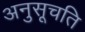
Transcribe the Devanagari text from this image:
अनुसूचति